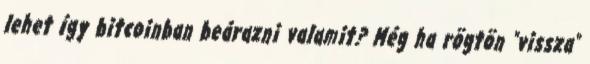
lehet így bitcoinban beárazni valamit? Még ha rögtön "vissza"